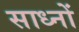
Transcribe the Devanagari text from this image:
साध्नों